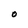
Character: 0